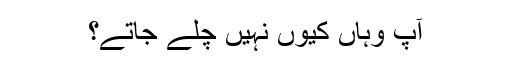
آپ وہاں کیوں نہیں چلے جاتے؟